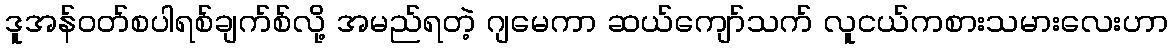
ဒူအန်ဝတ်စပါရစ်ချက်စ်လို့ အမည်ရတဲ့ ဂျမေကာ ဆယ်ကျော်သက် လူငယ်ကစားသမားလေးဟာ